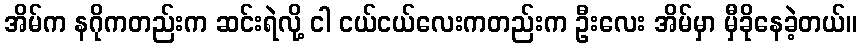
အိမ်က နဂိုကတည်းက ဆင်းရဲလို့ ငါ ငယ်ငယ်လေးကတည်းက ဦးလေး အိမ်မှာ မှီခိုနေခဲ့တယ်။